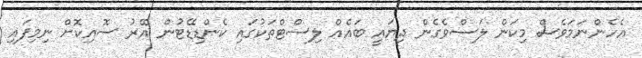
އެހެންނަމަވެސް މިކަން ލަސްވެގެން ދިޔައީ ބައެއް ލިސްޓްތަކުގައި ކެންޑިޑޭޓުން އޭރު ސޮއިކޮށް ނިމިފައި